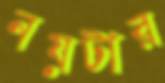
নয়টার